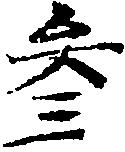
参